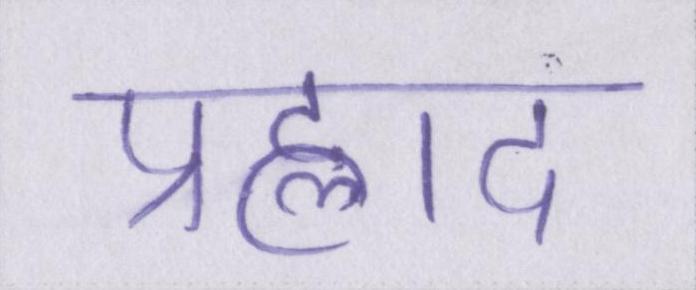
प्रह्लाद